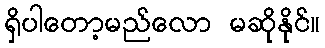
ရှိပါတော့မည်လော မဆိုနိုင်။